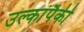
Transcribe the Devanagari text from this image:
उल्कांपैकी